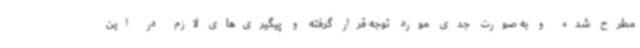
مطرح شده و به صورت جدی مورد توجه قرار گرفته و پیگیری‌های لازم در این